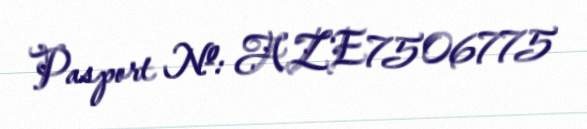
Pasport №: AZE7506775